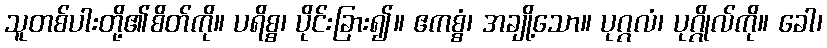
သူတစ်ပါးတို့၏စိတ်ကို။ ပရိစ္စ၊ ပိုင်းခြား၍။ ဧကစ္စံ၊ အချို့သော။ ပုဂ္ဂလံ၊ ပုဂ္ဂိုလ်ကို။ ခေါ၊